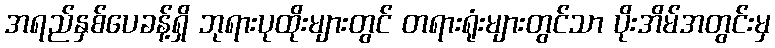
အရည်နှစ်ပေခန့်ရှိ ဘုရားပုထိုးများတွင် တရားရုံးများတွင်သာ ပိုးအိမ်အတွင်းမှ